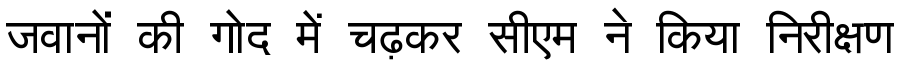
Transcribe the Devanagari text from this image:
जवानों की गोद में चढ़कर सीएम ने किया निरीक्षण